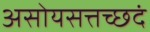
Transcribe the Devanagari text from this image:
असोयसत्तच्छदं